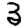
Digit: 3